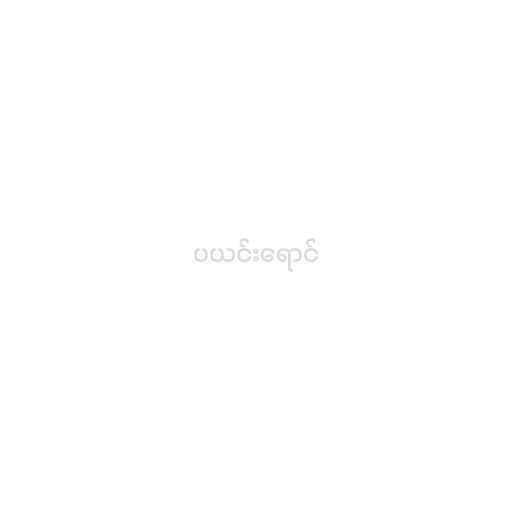
ပယင်းရောင်